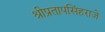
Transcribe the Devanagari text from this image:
श्रीप्रतापसिंहराजे